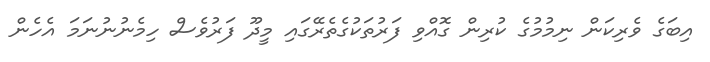
އިބަގެ ވެރިކަން ނިމުމުގެ ކުރިން ގޮއްވި ފަރުތަކުގެތެރޭގައި މީދޫ ފަރުވެސް ހިމެނުނުނަމަ އެހެން